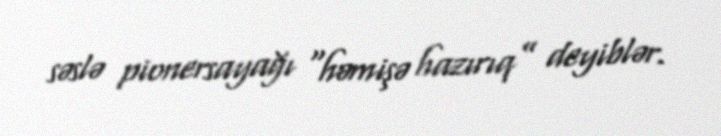
səslə pionersayağı “həmişə hazırıq” deyiblər.